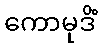
ကောမုဒိံ